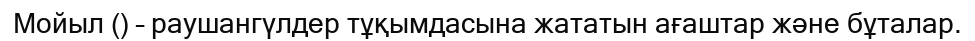
Мойыл () – раушангүлдер тұқымдасына жататын ағаштар және бұталар.